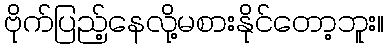
ဗိုက်ပြည့်နေလို့မစားနိုင်တော့ဘူး။